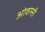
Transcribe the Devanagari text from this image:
ओवरसी